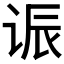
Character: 𫍨